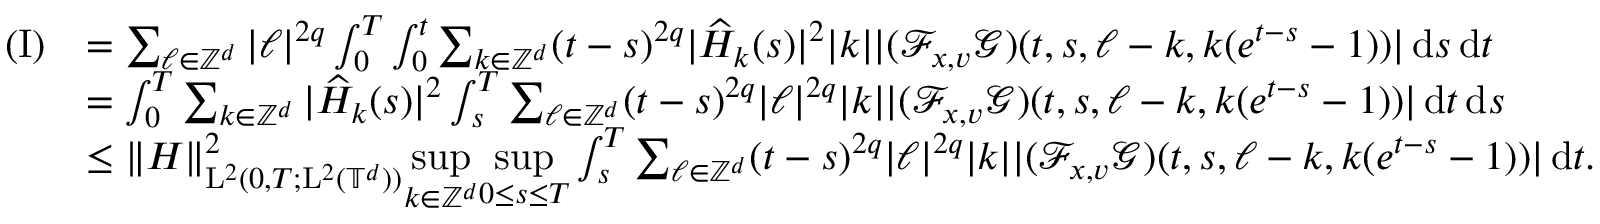
\begin{array} { r l } { ( \mathrm { I } ) } & { = \sum _ { \ell \in \mathbb Z ^ { d } } \vert \ell \vert ^ { 2 q } \int _ { 0 } ^ { T } \int _ { 0 } ^ { t } \sum _ { k \in \mathbb Z ^ { d } } ( t - s ) ^ { 2 q } \vert \widehat { H } _ { k } ( s ) \vert ^ { 2 } \vert k \vert \vert ( \mathcal { F } _ { x , v } \mathcal { G } ) ( t , s , \ell - k , k ( e ^ { t - s } - 1 ) ) \vert \, \mathrm { d } s \, \mathrm { d } t } \\ & { = \int _ { 0 } ^ { T } \sum _ { k \in \mathbb Z ^ { d } } \vert \widehat { H } _ { k } ( s ) \vert ^ { 2 } \int _ { s } ^ { T } \sum _ { \ell \in \mathbb Z ^ { d } } ( t - s ) ^ { 2 q } \vert \ell \vert ^ { 2 q } \vert k \vert \vert ( \mathcal { F } _ { x , v } \mathcal { G } ) ( t , s , \ell - k , k ( e ^ { t - s } - 1 ) ) \vert \, \mathrm { d } t \, \mathrm { d } s } \\ & { \leq \Vert H \Vert _ { \mathrm { L } ^ { 2 } ( 0 , T ; \mathrm { L } ^ { 2 } ( \mathbb T ^ { d } ) ) } ^ { 2 } \underset { k \in \mathbb Z ^ { d } } { \operatorname* { s u p } } \underset { 0 \leq s \leq T } { \operatorname* { s u p } } \int _ { s } ^ { T } \sum _ { \ell \in \mathbb Z ^ { d } } ( t - s ) ^ { 2 q } \vert \ell \vert ^ { 2 q } \vert k \vert \vert ( \mathcal { F } _ { x , v } \mathcal { G } ) ( t , s , \ell - k , k ( e ^ { t - s } - 1 ) ) \vert \, \mathrm { d } t . } \end{array}